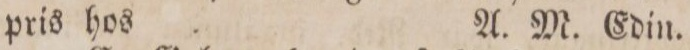
pris hos    A. M. Edin.